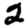
Digit: 2